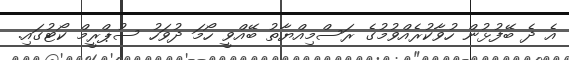
އެ ދެ ބޭފުޅުން ހުވާކުރެއްވުމުގެ ރަސްމިއްޔާތު ބޭއްވީ ހޯމަ ދުވަހު ސުޕްރީމް ކޯޓުގައި.